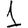
Digit: 1